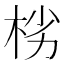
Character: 㭞